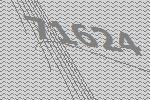
71624